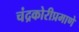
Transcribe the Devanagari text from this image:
चंद्रकोरीप्रमाणे